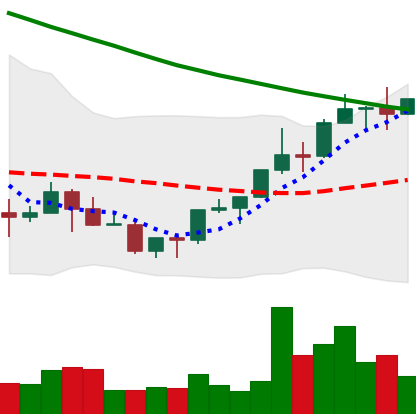
Ticker: NEO-USD
Chart end date: 2022-03-26
Forward return: 8.806%
Label: up_7plus